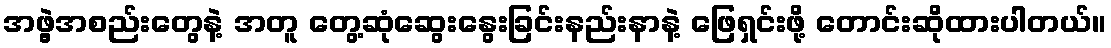
အဖွဲ့အစည်းတွေနဲ့ အတူ တွေ့ဆုံဆွေးနွေးခြင်းနည်းနာနဲ့ ဖြေရှင်းဖို့ တောင်းဆိုထားပါတယ်။